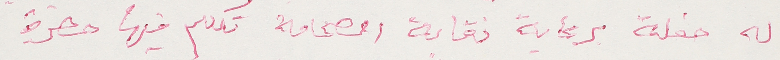
له حفلة برعاية نقابة الصحافة تكلم فيها حضرة